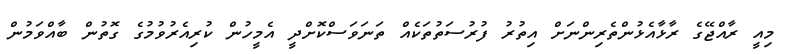
މިއީ ރާއްޖޭގެ ރާޅާއެޅުންތެރިންނަށް އިތުރު ފުރުސަތުތަކެއް ތަނަވަސްކޮށްދީ އެމީހުން ކުރިއެރުވުމުގެ ގޮތުން ބާއްވަމުން